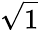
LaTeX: \sqrt{1}